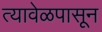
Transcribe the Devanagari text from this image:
त्यावेळपासून